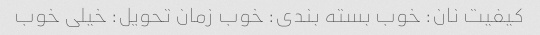
کیفیت نان: خوب بسته بندی: خوب زمان تحویل: خیلی خوب